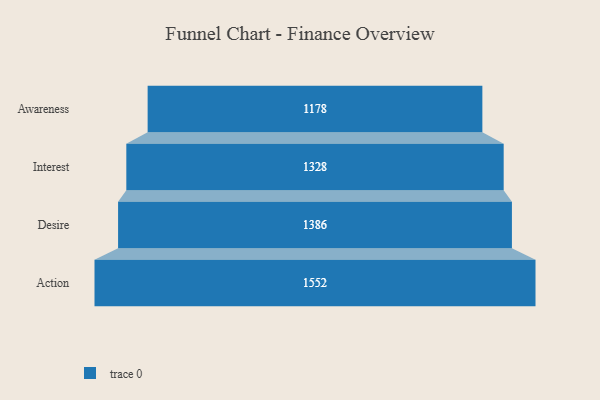
{"axis": {"x": "Stage", "y": "Value"}, "legend": [""], "data": [{"x": "Awareness", "y": 1178.0, "type": ""}, {"x": "Interest", "y": 1328.0, "type": ""}, {"x": "Desire", "y": 1386.0, "type": ""}, {"x": "Action", "y": 1552.0, "type": ""}]}